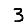
Digit: 3